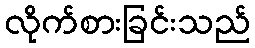
လိုက်စားခြင်းသည်